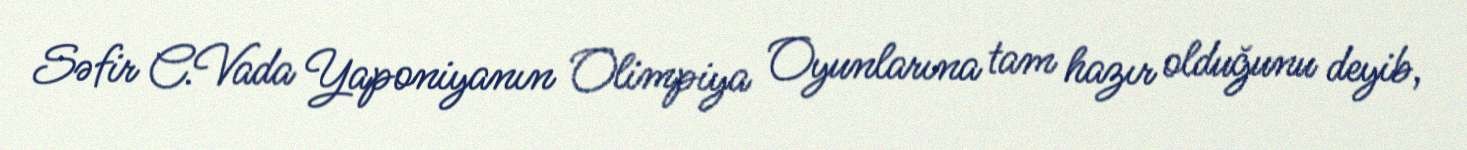
Səfir C.Vada Yaponiyanın Olimpiya Oyunlarına tam hazır olduğunu deyib,